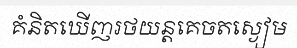
គំនិតឃើញរថយន្តគេចតស្ងៀម